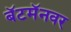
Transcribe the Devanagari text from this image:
बॅटमॅनवर